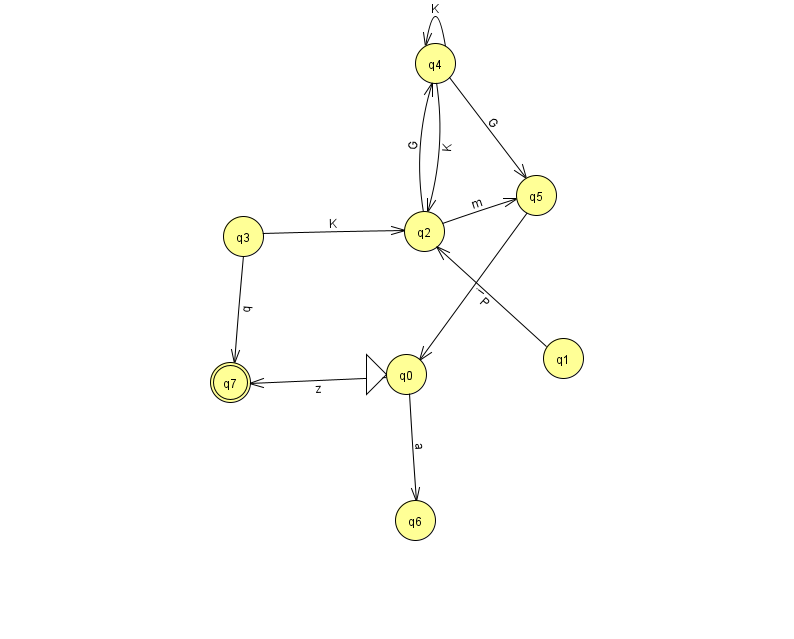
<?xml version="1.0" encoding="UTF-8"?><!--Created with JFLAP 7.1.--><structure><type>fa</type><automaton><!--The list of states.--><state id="0" name="q0"><x>406.0</x><y>361.0</y><initial/></state><state id="1" name="q1"><x>563.0</x><y>345.0</y></state><state id="2" name="q2"><x>424.0</x><y>218.0</y></state><state id="3" name="q3"><x>243.0</x><y>223.0</y></state><state id="4" name="q4"><x>435.0</x><y>50.0</y></state><state id="5" name="q5"><x>536.0</x><y>182.0</y></state><state id="6" name="q6"><x>415.0</x><y>507.0</y></state><state id="7" name="q7"><x>230.0</x><y>369.0</y><final/></state><!--The list of transitions.--><transition><from>2</from><to>4</to><read>G</read></transition><transition><from>0</from><to>7</to><read>z</read></transition><transition><from>2</from><to>5</to><read>m</read></transition><transition><from>3</from><to>7</to><read>q</read></transition><transition><from>5</from><to>0</to><read>i</read></transition><transition><from>0</from><to>6</to><read>a</read></transition><transition><from>1</from><to>2</to><read>P</read></transition><transition><from>3</from><to>2</to><read>K</read></transition><transition><from>4</from><to>4</to><read>K</read></transition><transition><from>4</from><to>2</to><read>K</read></transition><transition><from>4</from><to>5</to><read>G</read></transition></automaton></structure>